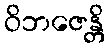
ဝိဘဇေန္တိ